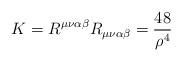
LaTeX: \begin{align*}K = R^{\mu\nu\alpha\beta} R_{\mu\nu\alpha\beta} = \frac{48}{\rho^4}\end{align*}